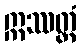
ဣဿတ္တံ